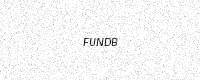
Text: FUNDB